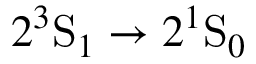
2 ^ { 3 } \mathrm { S } _ { 1 } \rightarrow 2 ^ { 1 } \mathrm { S } _ { 0 }